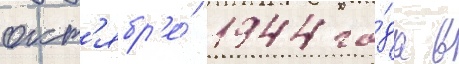
окт'ябр'е́ 1944 го́да в